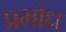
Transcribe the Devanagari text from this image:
प्रभोध